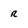
Character: r